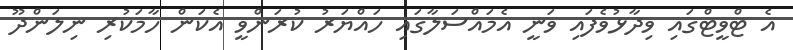
އެ ޓްވީޓްގައި ވިދާޅުވެފައި ވަނީ އެމައްސަލާގައި ހައްޔަރު ކުރަންވީ އެކަން ހާމަކުރި ނިލަންދޫ